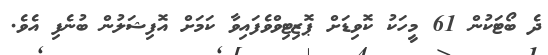
ދެ ބޯޓަކުން 61 މީހަކު ކޮވިޑަށް ޕޮޒިޓިވްވެފައިވާ ކަމަށް އޮފިޝަލުން ބުނެފި އެވެ.